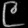
Digit: ၉